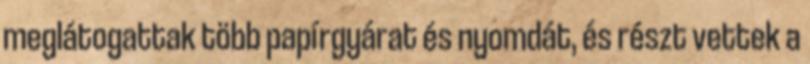
meglátogattak több papírgyárat és nyomdát, és részt vettek a